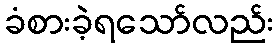
ခံစားခဲ့ရသော်လည်း